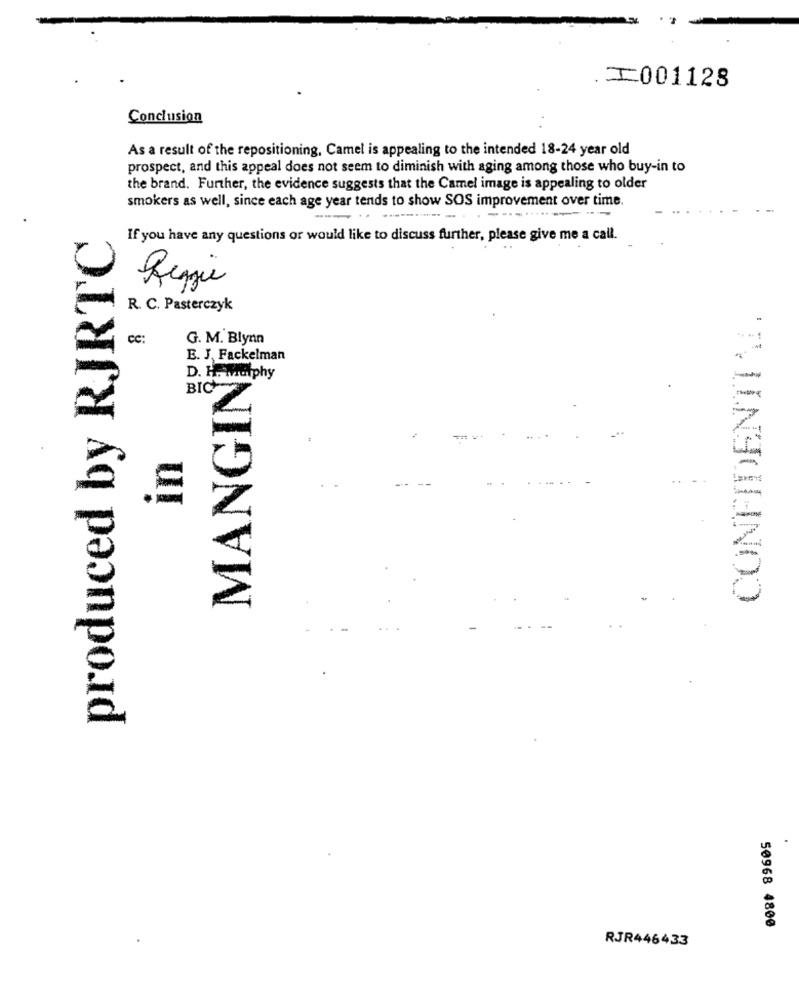
.I001128
Conclusion
As a result of the repositioning, Camel is appealing to the intended 18-24 year old
prospect, and this appeal does not seem to diminish with aging among those who buy-in to
the brand. Further, the evidence suggests that the Camel image is appealing to older
smokers as well, since each age year tends to show SOS improvement over time.
produced by RJRTC
If you have any questions or would like to discuss further, please give me a call.
Reggie
CONFIDENTIAL.
R. C. Pasterczyk
cc:
G. M. Blynn
E. J, Fackelman
MANGIN
D. H. MiGiphy
BIC
UI
50968 4800
RJR446433